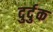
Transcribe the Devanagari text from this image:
दुर्दुक